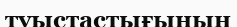
туыстастығының